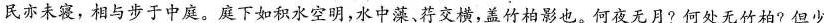
民。怀民亦未寝，相与步于中庭。庭下如积水空明，水中藻、荇交横，盖竹柏影也。何夜无月?何处无竹柏?但少